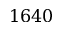
1 6 4 0